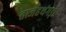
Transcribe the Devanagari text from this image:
ताजहथंगड़ी